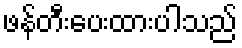
ဖန်တီးပေးထားပါသည်